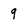
Character: 9